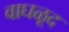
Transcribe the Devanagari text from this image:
वाघळूद